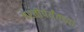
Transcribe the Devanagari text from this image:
परतीपर्यंतच्या